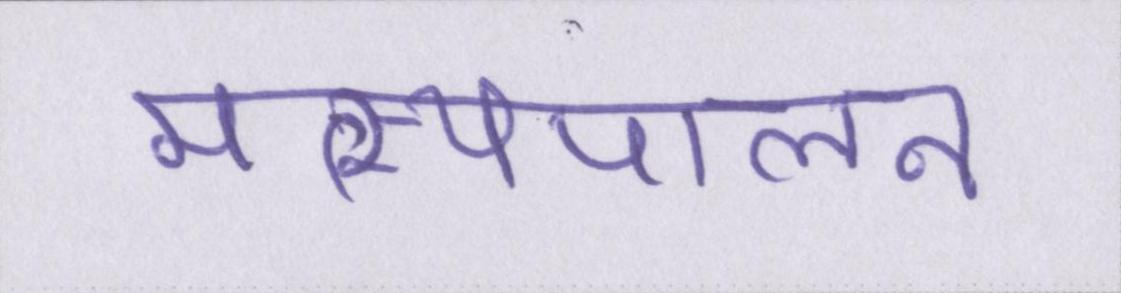
मत्स्यपालन